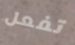
تفعل